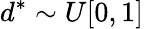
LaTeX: d^{*}\sim U[0,1]